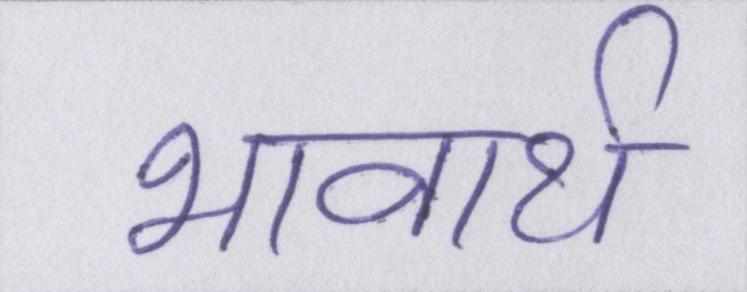
भावार्थ